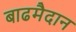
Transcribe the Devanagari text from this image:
बाढमैदान